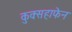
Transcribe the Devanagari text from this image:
कुक्सहाफेन